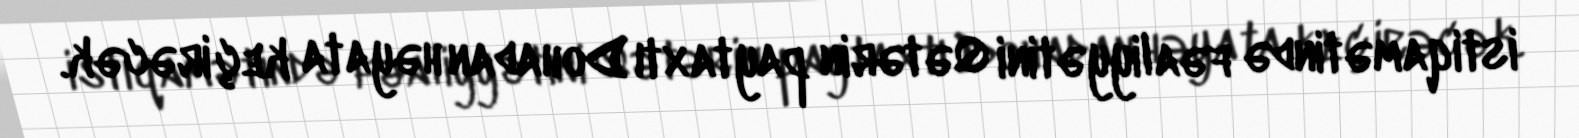
istiqamətində fəaliyyətini Qətərin paytaxtı Dohadan həyata keçirəcək.